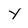
Character: y